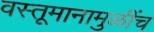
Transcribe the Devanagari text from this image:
वस्तूमानामुळींच